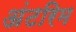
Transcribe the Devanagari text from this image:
अंटरिम